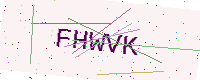
Text: FHWVK